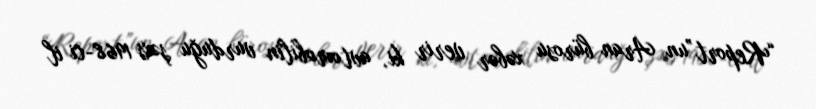
“Report”un Aran bürosu xəbər verir ki, avtomobilin vurduğu şəxs 1968-ci il